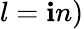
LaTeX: l=\mathbf{i}n)